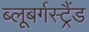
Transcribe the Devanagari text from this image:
ब्‍लूबर्गस्‍ट्रैंड